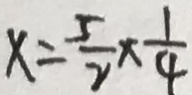
x = \frac { 5 } { 2 } \times \frac { 1 } { 4 }